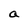
Character: a